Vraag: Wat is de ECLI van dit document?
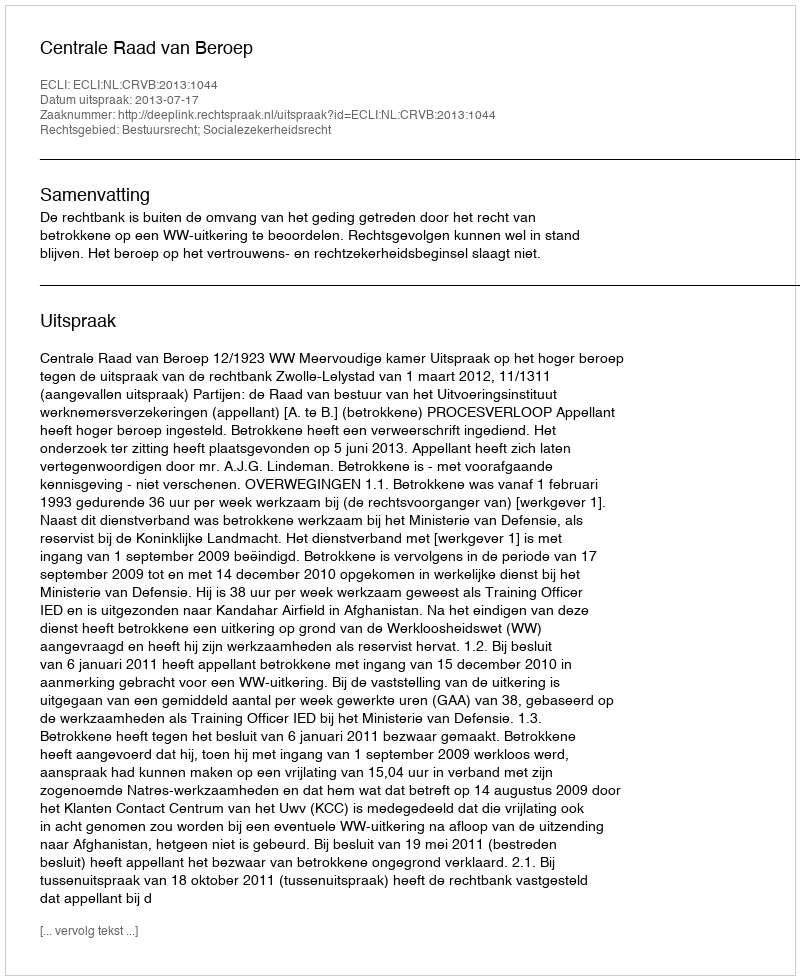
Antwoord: ECLI:NL:CRVB:2013:1044